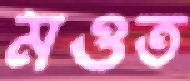
মওত